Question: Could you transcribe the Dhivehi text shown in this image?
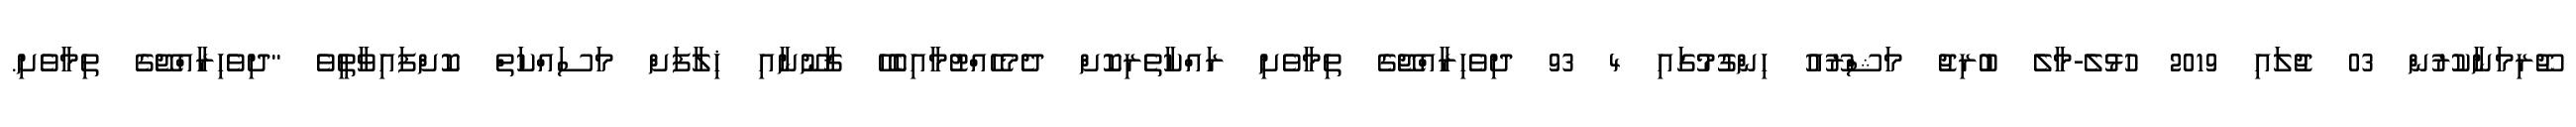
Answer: ޖޫރިމަނާކުރުން 03 ޖުލައި 2019 ހުޅުލެ-މާލެ ބުރިޖު މަޝްރޫއު ހިންގުމުގައި 4 93 ދިވެހިރާއްޖޭގެ ތިމާވެށި ރައްކާތެރިކޮށް ދެމެހެއްޓުމާއިބެހޭ ޤާނޫނާއި ޚިލާފަށް މަސައްކަތް ކޮށްފައިވާތީވެ "ދިވެހިރާއްޖޭގެ ތިމާވެށި.